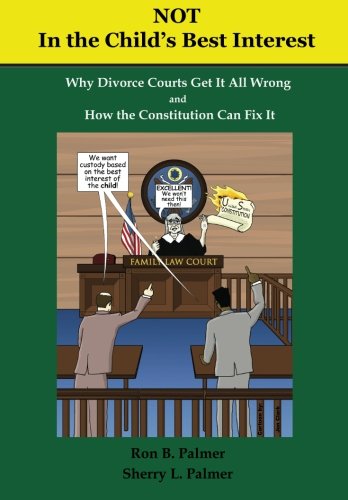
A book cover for Not In the Child's Best Interest: How Divorce Courts get it all Wrong and How the Constitution can fix it; Ron B Palmer; Law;